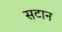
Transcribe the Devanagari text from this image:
सटान